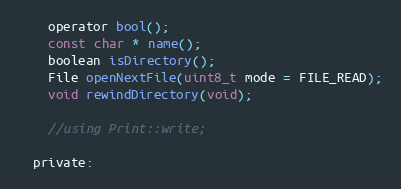
Language: C
    operator bool();
    const char * name();
    boolean isDirectory();
    File openNextFile(uint8_t mode = FILE_READ);
    void rewindDirectory(void);

    //using Print::write;

  private: